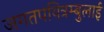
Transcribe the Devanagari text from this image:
जगतपवित्रम्बुलाई